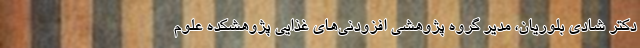
دکتر شادی بلوریان، مدیر گروه پژوهشی افزودنی‌های غذایی پژوهشکده علوم